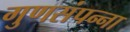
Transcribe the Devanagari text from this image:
गुणसंपन्ना